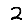
Digit: 2